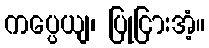
ကပ္ပေယျ၊ ပြုငြားအံ့။